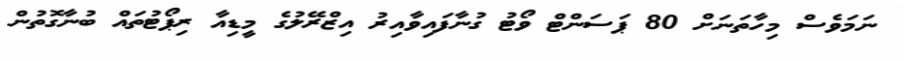
ނަމަވެސް މިހާތަނަށް 80 ޕަސަންޓް ވޯޓު ގުނާފައިވާއިރު އިޒްރޭލުގެ މީޑިއާ ރިޕޯޓުތައް ބުނާގޮތުން